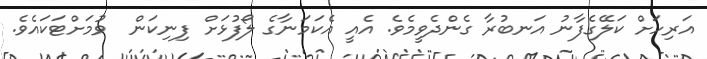
އަރިހަށް ކަލޭގެފާނު އަނބުރާ ގެންދެވީމެވެ. އެއީ އެކަމަނާގެ ލޯފުޅަށް ފިނިކަން  ވުމަށްޓަކައެވެ.